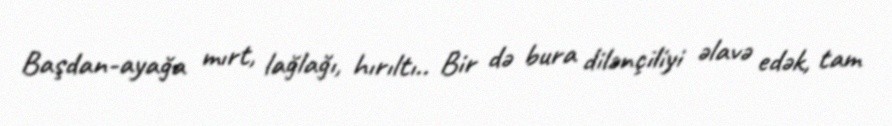
Başdan-ayağa mırt, lağlağı, hırıltı.. Bir də bura dilənçiliyi əlavə edək, tam